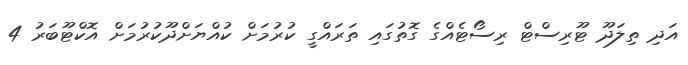
އަދި ތިލަދޫ ޓޫރިސްޓް ރިސޯޓެއްގެ ގޮތުގައި ތަރައްގީ ކުރުމަށް ކުއްޔަށްދޫކުރުމަށް އޮކްޓޫބަރު 4